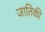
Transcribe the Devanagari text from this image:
जातिकी